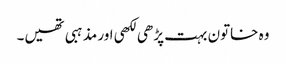
وہ خاتون بہت پڑھی لکھی اور مذہبی تھیں۔